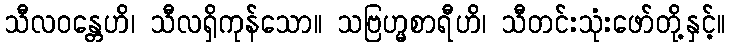
သီလဝန္တေဟိ၊ သီလရှိကုန်သော။ သဗြဟ္မစာရီဟိ၊ သီတင်းသုံးဖော်တို့နှင့်။